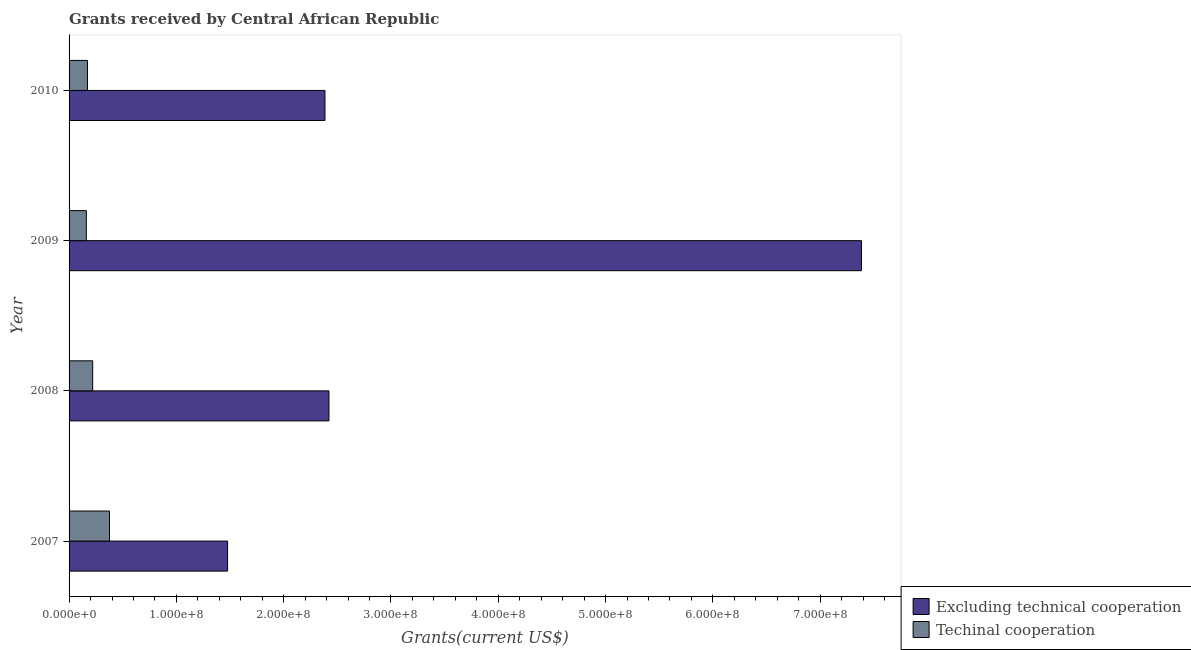
| Year | Excluding technical cooperation | Techinal cooperation |
 | --- | --- | --- |
 | 2007 | 1.48e+08 | 3.77e+07 |
 | 2008 | 2.42e+08 | 2.2e+07 |
 | 2009 | 7.38e+08 | 1.61e+07 |
 | 2010 | 2.38e+08 | 1.72e+07 |